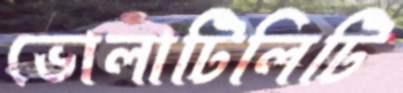
ভোলাটিলিটি